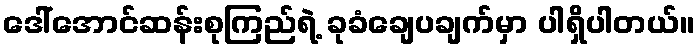
ဒေါ်အောင်ဆန်းစုကြည်ရဲ့ ခုခံချေပချက်မှာ ပါရှိပါတယ်။